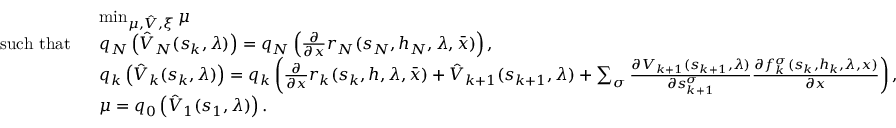
\begin{array} { r l } & { \operatorname* { m i n } _ { \mu , \hat { V } , \xi } \mu } \\ { \mathrm { s u c h ~ t h a t ~ } \ } & { q _ { N } \left( \hat { V } _ { N } ( s _ { k } , \lambda ) \right) = q _ { N } \left( \frac { \partial } { \partial x } r _ { N } ( s _ { N } , h _ { N } , \lambda , \bar { x } ) \right) , } \\ & { q _ { k } \left( \hat { V } _ { k } ( s _ { k } , \lambda ) \right) = q _ { k } \left( \frac { \partial } { \partial x } r _ { k } ( s _ { k } , h , \lambda , \bar { x } ) + \hat { V } _ { k + 1 } ( s _ { k + 1 } , \lambda ) + \sum _ { \sigma } \frac { \partial V _ { k + 1 } ( s _ { k + 1 } , \lambda ) } { \partial s _ { k + 1 } ^ { \sigma } } \frac { \partial f _ { k } ^ { \sigma } ( s _ { k } , h _ { k } , \lambda , x ) } { \partial x } \right) , } \\ & { \mu = q _ { 0 } \left( \hat { V } _ { 1 } ( s _ { 1 } , \lambda ) \right) . } \end{array}